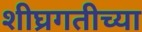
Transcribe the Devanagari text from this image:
शीघ्रगतीच्या